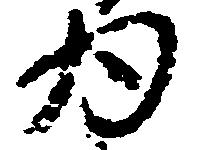
為